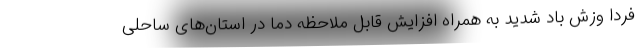
فردا وزش باد شدید به همراه افزایش قابل ملاحظه دما در استان‌های ساحلی